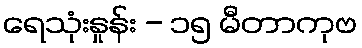
ရေသုံးနှုန်း - ၁၅ မီတာကုဗ